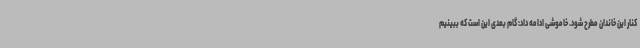
کنار این خاندان مطرح شود. خاموشی ادامه داد: گام بعدی این است که ببینیم